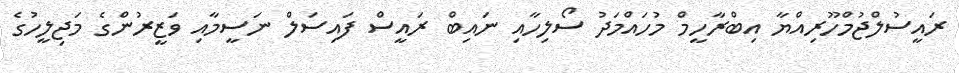
ރައީސުލްޖުމްހޫރިއްޔާ އިބްރާހީމް މުހައްމަދު ސޯލިހާއި ނައިބް ރައީސް ފައިސަލް ނަސީމާއި ވަޒީރުންގެ މަޖިލީހުގެ